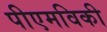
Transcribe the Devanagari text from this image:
पीएमविकी